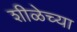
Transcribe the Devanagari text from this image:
शीळेच्या